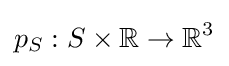
p_{S}:S\times \mathbb {R} \rightarrow \mathbb {R} ^{3}